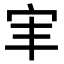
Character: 𫲸